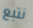
نتبع